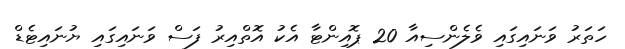
ހަތަރު ވަނައިގައި ވެލެންސިއާ 20 ޕޮއިންޓާ އެކު އޮތްއިރު ފަސް ވަަނައިގައި ޔުނައިޓެޑް